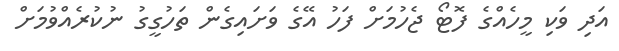
އަދި ވަކި މީހެއްގެ ފޮޓޯ ޖެހުމަށް ފަހު އޭގެ ވަށައިގެން ތަހުގީގު ނުކުރެއްވުމަށް